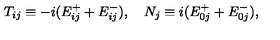
T _ { i j } \equiv - i ( E _ { i j } ^ { + } + E _ { i j } ^ { - } ) , \quad N _ { j } \equiv i ( E _ { 0 j } ^ { + } + E _ { 0 j } ^ { - } ) ,